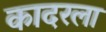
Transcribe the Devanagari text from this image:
कादरला